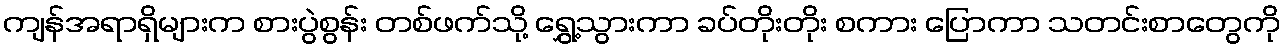
ကျန်အရာရှိများက စားပွဲစွန်း တစ်ဖက်သို့ ရွှေ့သွားကာ ခပ်တိုးတိုး စကား ပြောကာ သတင်းစာတွေကို